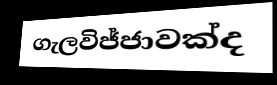
ගැලවිජ්ජාවක්ද